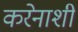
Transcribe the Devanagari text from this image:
करेनाशी